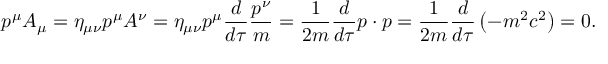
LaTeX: p ^ { \mu } A _ { \mu } = \eta _ { \mu \nu } p ^ { \mu } A ^ { \nu } = \eta _ { \mu \nu } p ^ { \mu } { \frac { d } { d \tau } } { \frac { p ^ { \nu } } { m } } = { \frac { 1 } { 2 m } } { \frac { d } { d \tau } } p \cdot p = { \frac { 1 } { 2 m } } { \frac { d } { d \tau } } \left( - m ^ { 2 } c ^ { 2 } \right) = 0 .